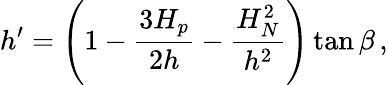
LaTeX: h^{\prime}=\left(1-\frac{3H_{p}}{2h}-\frac{H_{N}^{2}}{h^{2}}\right)\tan\beta\, ,